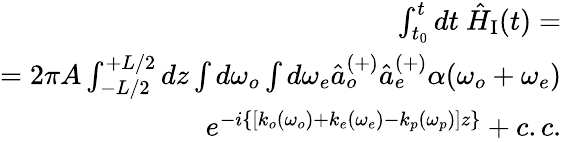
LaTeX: \begin{array}{r}{\int_{t_{0}}^{t}dt~\hat{H}_{\mathrm{I}}(t)=}\\ {=2\pi A\int_{-L/2}^{+L/2}dz\int d\omega_{o}\int d\omega_{e}\hat{a}_{o}^{(+)}\hat{a}_{e}^{(+)}\alpha(\omega_{o}+\omega_{e})}\\ {e^{-i\{ [k_{o}(\omega_{o})+k_{e}(\omega_{e})-k_{p}(\omega_{p})]z\} }+c.c.}\end{array}